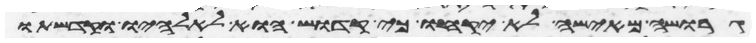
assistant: גרושה מאישה לא יקחו כי קדוש הוא לאלהיו וקדשתו